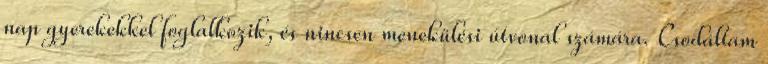
nap gyerekekkel foglalkozik, és nincsen menekülési útvonal számára. Csodáltam